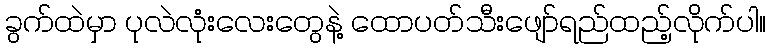
ခွက်ထဲမှာ ပုလဲလုံးလေးတွေနဲ့ ထောပတ်သီးဖျော်ရည်ထည့်လိုက်ပါ။